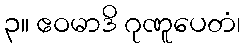
၃။ ဧဝမာဒိ ဂုဏူပေတံ၊